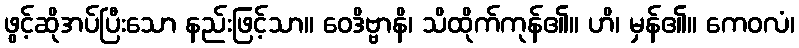
ဖွင့်ဆိုအပ်ပြီးသော နည်းဖြင့်သာ။ ဝေဒိဗ္ဗာနိ၊ သိထိုက်ကုန်၏။ ဟိ၊ မှန်၏။ ကေဝလံ၊